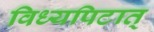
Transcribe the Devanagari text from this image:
विध्यपिटात्